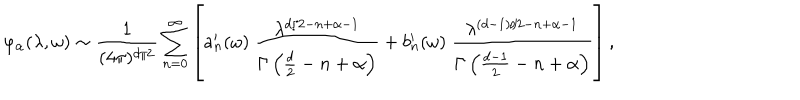
\varphi _ { \alpha } ( \lambda , \omega ) \sim { \frac { 1 } { ( 4 \pi ) ^ { d / 2 } } } \sum _ { n = 0 } ^ { \infty } \left[ a _ { n } ^ { \prime } ( \omega ) ~ { \frac { \lambda ^ { d / 2 - n + \alpha - 1 } } { \Gamma \left( \frac d 2 - n + \alpha \right) } } + b _ { n } ^ { \prime } ( \omega ) ~ { \frac { \lambda ^ { ( d - 1 ) / 2 - n + \alpha - 1 } } { \Gamma \left( { \frac { d - 1 } { 2 } } - n + \alpha \right) } } \right] ,